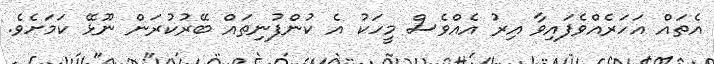
އެތައް އަހަރެއްވެފައިވާ އިރު އެއްވެސް މީހަކު އެ ކުންފުނިތައް ބޭރުކުރަން ނޫޅޭ ކަމަށެވެ.